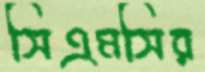
সিএমসির